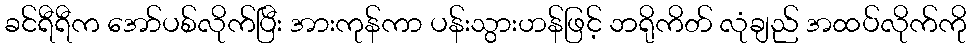
ခင်ရီရီက အော်ပစ်လိုက်ပြီး အားကုန်ကာ ပန်းသွားဟန်ဖြင့် ဘရိုကိတ် လုံချည် အထပ်လိုက်ကို